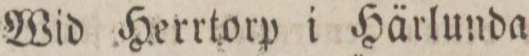
Wid Herrtorp i Härlunda